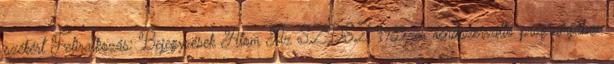
székért Feliratkozás: Bejegyzések Atom Az SZDSZ 1989-es rendszerváltó programjában